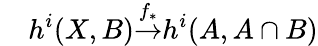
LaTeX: {}\quad h^{i}(X,B){\overset{f_{*}}{\to}}h^{i}(A,A\cap B)